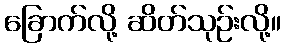
ခြောက်လို့ ဆိတ်သုဉ်းလို့။